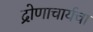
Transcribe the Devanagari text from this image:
द्रोणाचार्यचा